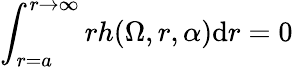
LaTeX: \int_{r=a}^{r\to\infty}rh(\Omega,r,\alpha)\textrm{d}r=0